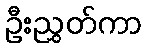
ဦးညွှတ်ကာ